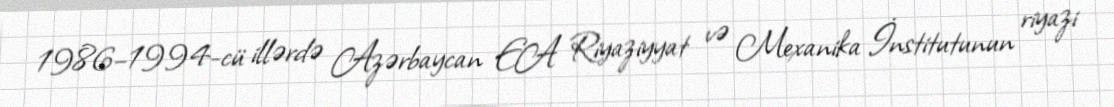
1986–1994-cü illərdə Azərbaycan EA Riyaziyyat və Mexanika İnstitutunun riyazi